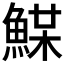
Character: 𩸏